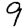
Digit: 9